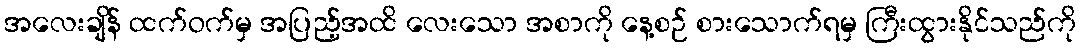
အလေးချိန် ထက်ဝက်မှ အပြည့်အထိ လေးသော အစာကို နေ့စဉ် စားသောက်ရမှ ကြီးထွားနိုင်သည်ကို